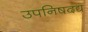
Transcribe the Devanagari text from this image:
उपनिषदद्य